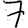
Digit: 7